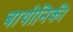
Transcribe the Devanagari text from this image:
बायोनिकी